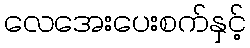
လေအေးပေးစက်နှင့်